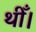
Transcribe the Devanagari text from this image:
थीँ।